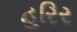
હરિર